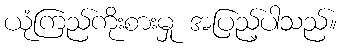
ယုံကြည်ကိုးစားမှု အပြည့်ပါသည်။